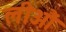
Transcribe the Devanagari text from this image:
लीऔं